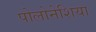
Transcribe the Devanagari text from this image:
पोलोनेशिया